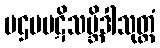
ပဌမပဋိသမ္ဘိဒါသုတ္တံ